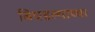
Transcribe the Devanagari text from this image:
बिघडल्याच्या